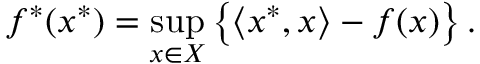
f ^ { * } ( x ^ { * } ) = \operatorname* { s u p } _ { x \in X } \left\{ \langle x ^ { * } , x \rangle - f ( x ) \right\} .